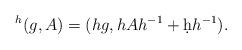
LaTeX: \begin{align*}{}^h(g,A)=(hg,hAh^{-1}+\d h h^{-1}).\end{align*}